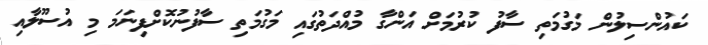
ކައުންސިލުން މަގުމަތި ސާފު ކުރުމަށް އަންގާ މުއްދަތުގައި މަގުމަތި ސާފުނުކޮށްފިނަމަ މި އުސޫލާއި